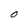
Character: O